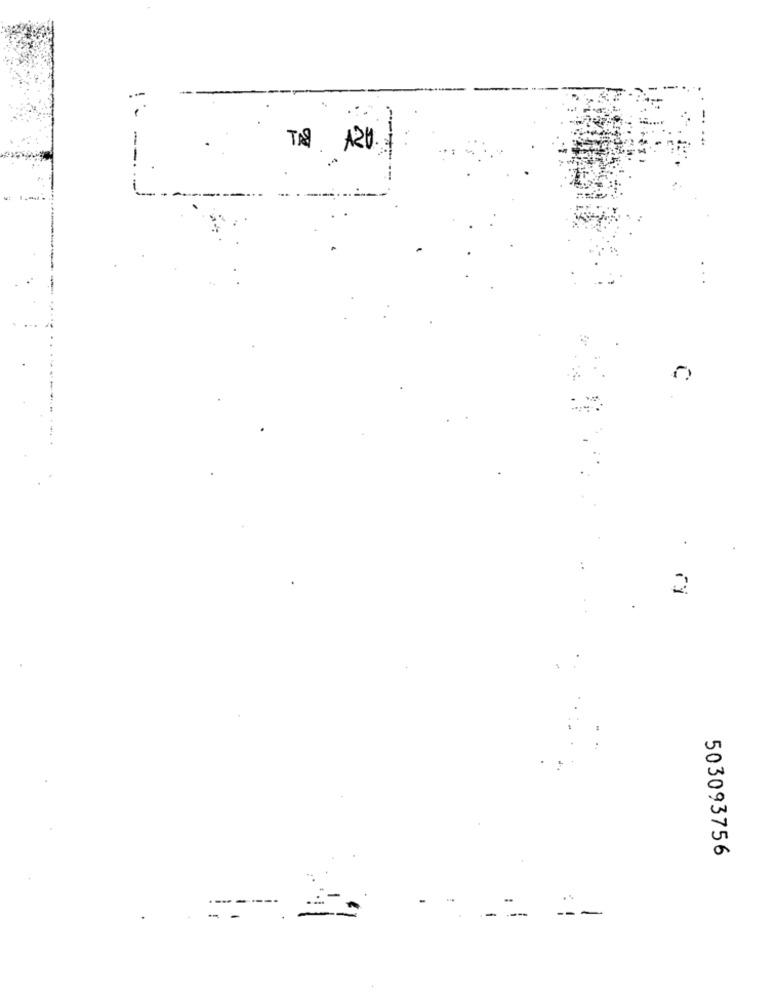
.
2
503093756